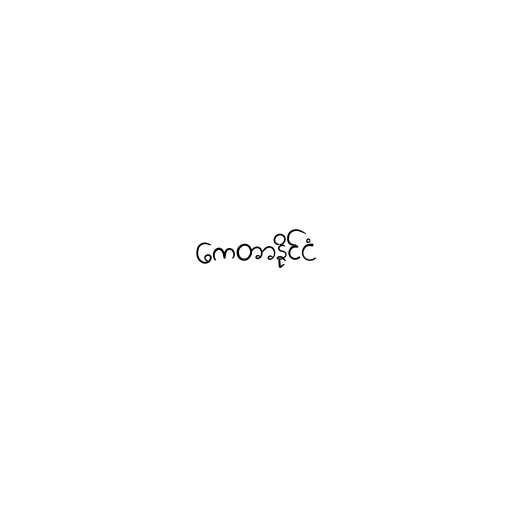
ကေတာနိုင်ငံ